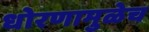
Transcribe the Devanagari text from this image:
धोरणामुळेच